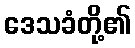
ဒေသခံတို့၏